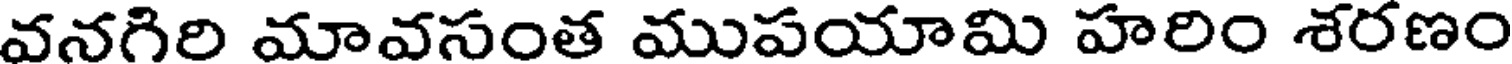
వనగిరి మావసంత ముపయామి హరిం శరణం